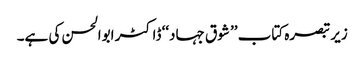
زیر تبصرہ کتاب ’’ شوق جہاد‘‘ ڈاکٹر ابوالحسن کی ہے۔